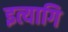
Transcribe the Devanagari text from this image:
इत्यागि